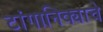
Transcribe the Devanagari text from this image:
टांगानिक्याचे